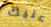
عليك